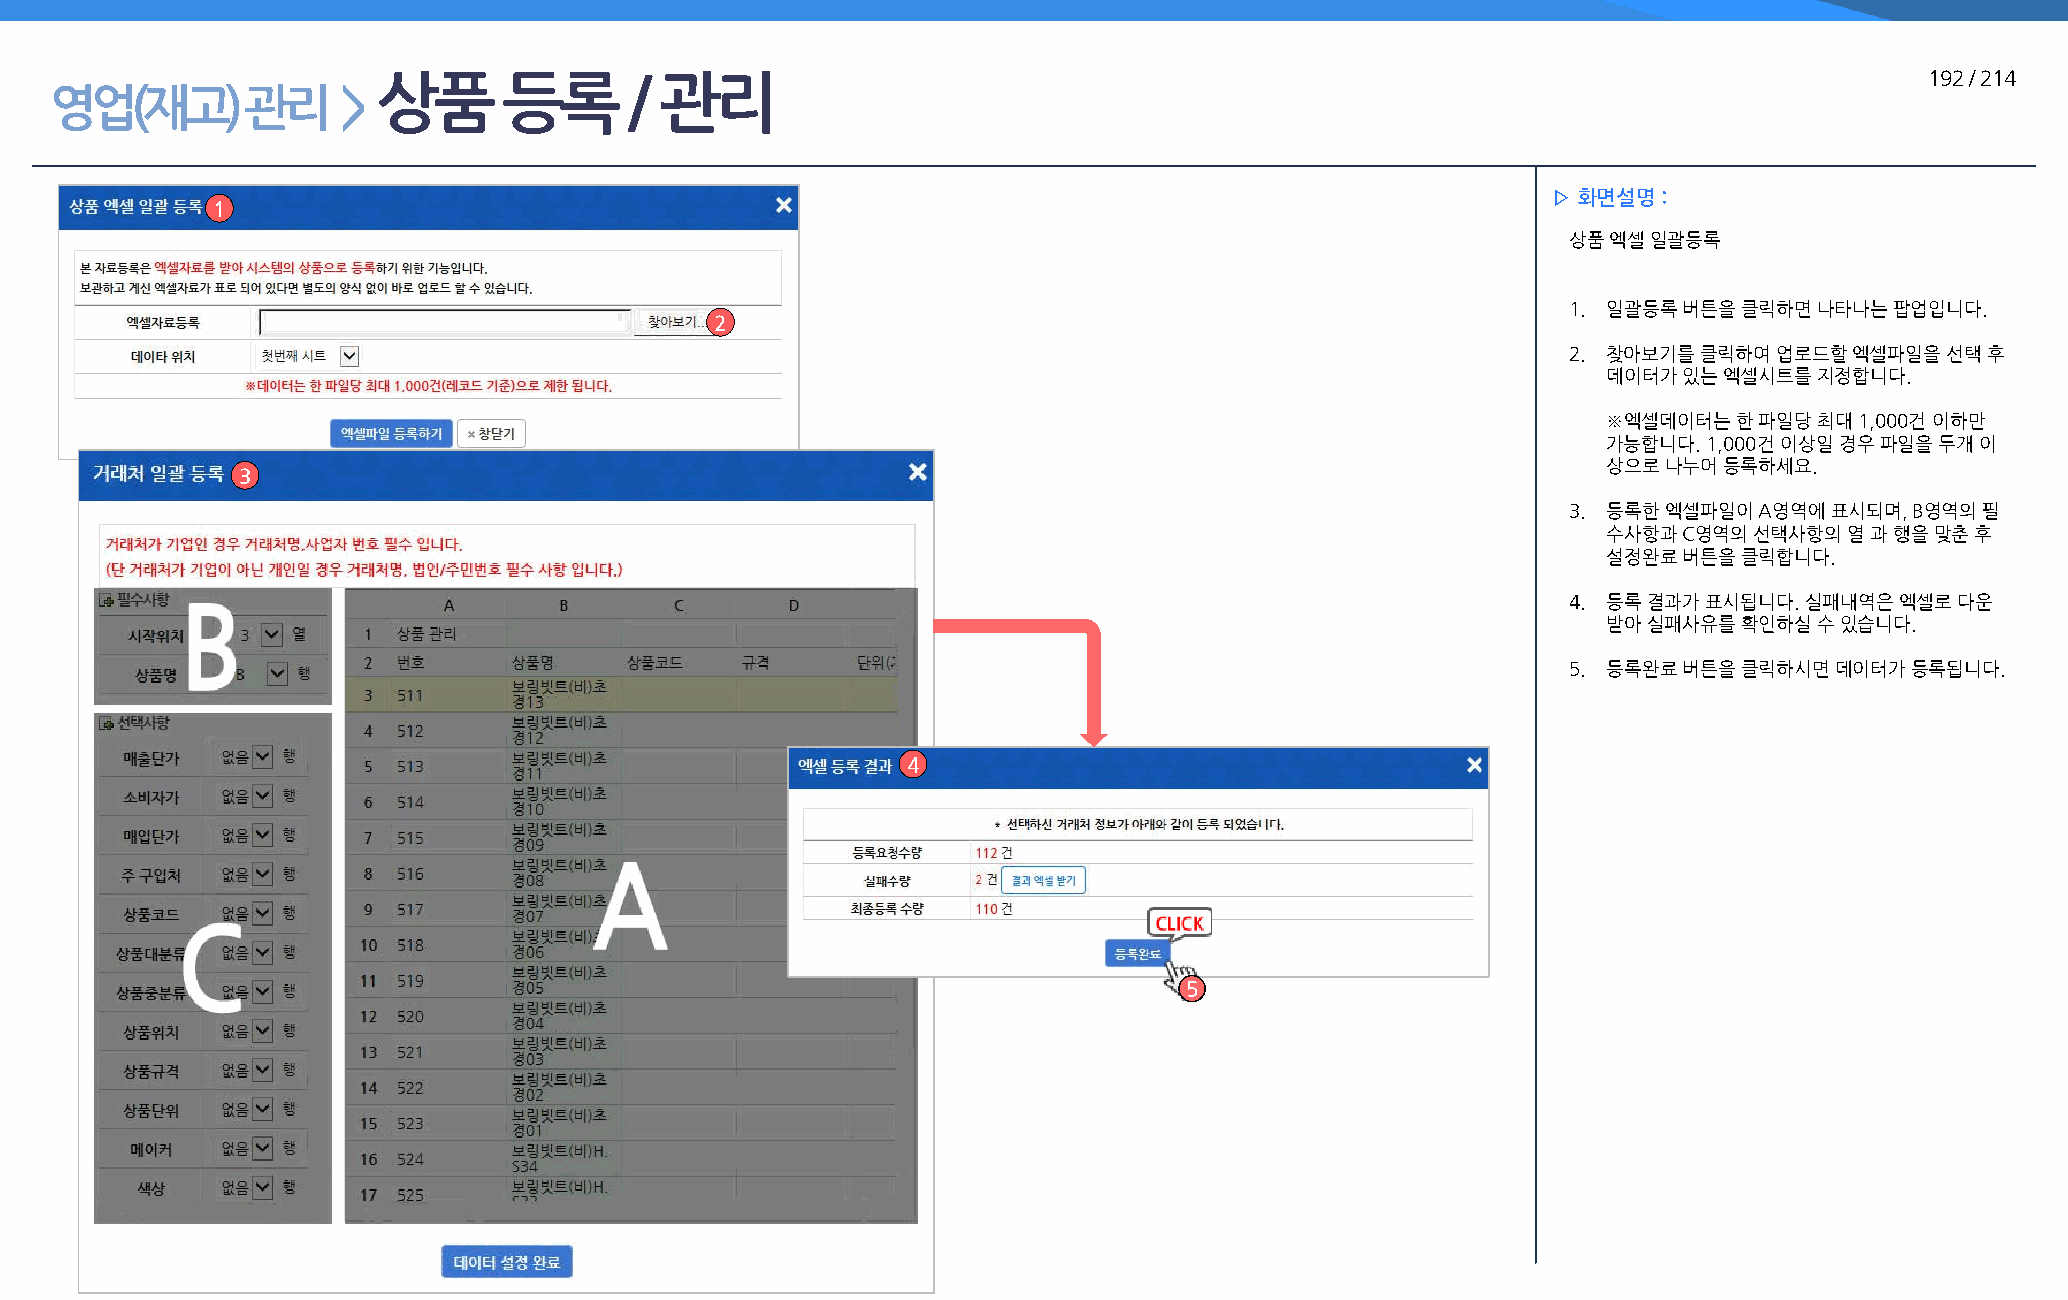
상품      등록       / 관리                                                                                  192 / 214
 영업(재고)       관리     >
 ▷ 화면설명 :
 1
 상품 엑셀 일괄등록
 1. 일괄등록 버튼을 클릭하면 나타나는 팝업입니다.
 2
 2. 찾아보기를 클릭하여 업로드할 엑셀파일을 선택 후
 데이터가 있는 엑셀시트를 지정합니다.
 ※엑셀데이터는  한 파일당 최대 1,000건 이하만
 가능합니다. 1,000건 이상일 경우 파일을 두개 이
 상으로 나누어 등록하세요.
 3
 3. 등록한 엑셀파일이 A영역에 표시되며, B영역의 필
 수사항과 C영역의 선택사항의 열 과 행을 맞춘 후
 설정완료 버튼을 클릭합니다.
 4. 등록 결과가 표시됩니다. 실패내역은 엑셀로 다운
 받아 실패사유를 확인하실 수 있습니다.
 5. 등록완료 버튼을 클릭하시면 데이터가 등록됩니다.
 4
 5